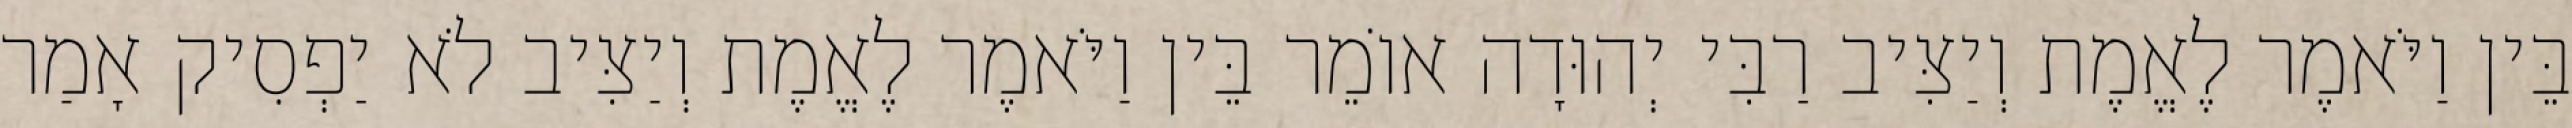
בֵּין וַיֹּאמֶר לֶאֱמֶת וְיַצִּיב רַבִּי יְהוּדָה אוֹמֵר בֵּין וַיֹּאמֶר לֶאֱמֶת וְיַצִּיב לֹא יַפְסִיק אָמַר